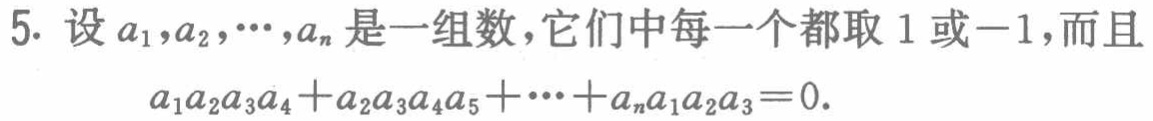
5. 设\(a_{1},a_{2},\cdots,a_{n}\)是一组数，它们中每一个都取\(1\)或\(-1\)，而且

\(a_{1}a_{2}a_{3}a_{4}+a_{2}a_{3}a_{4}a_{5}+\cdots +a_{n}a_{1}a_{2}a_{3}=0\)。